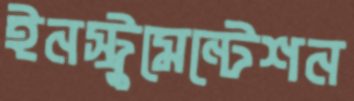
ইনস্ট্রুমেন্টেশন